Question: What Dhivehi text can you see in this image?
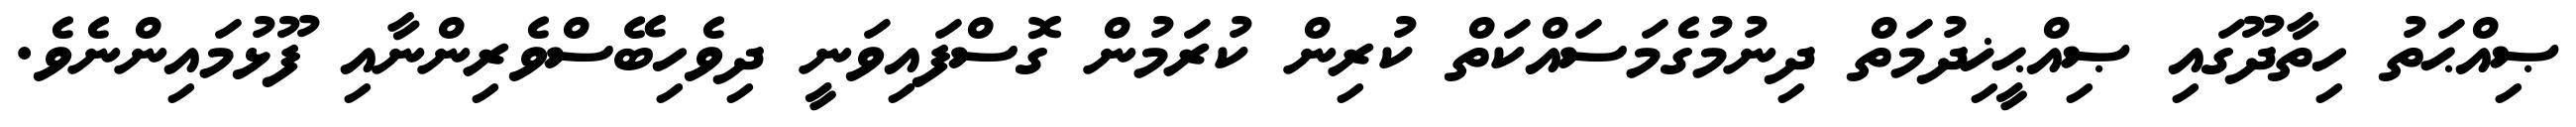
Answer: ޞިއްޙަތު ހިތާދޫގައި ޞިއްޙީޚިދުމަތް ދިނުމުގެމަސައްކަތް ކުރިން ކުރަމުން ގޮސްފައިވަނީ ދިވެހިބޭސްވެރިންނާއި ފޫޅުމައިންނެވެ.